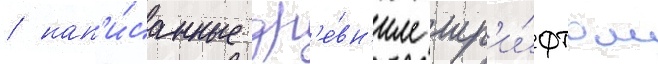
/ нап'и́санные др'е́вн'им шр'и́фтом